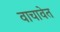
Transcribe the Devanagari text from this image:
वाचावेत